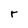
Character: r